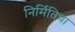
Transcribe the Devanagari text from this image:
निर्मितिचा